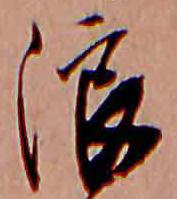
浪